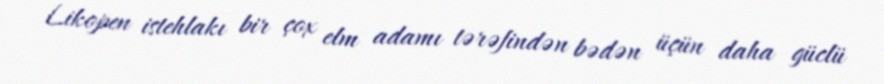
Likopen istehlakı bir çox elm adamı tərəfindən bədən üçün daha güclü